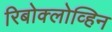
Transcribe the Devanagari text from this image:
रिबोक्लोव्हिन